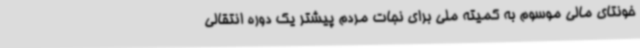
خونتای مالی موسوم به کمیته ملی برای نجات مردم پیشتر یک دوره انتقالی